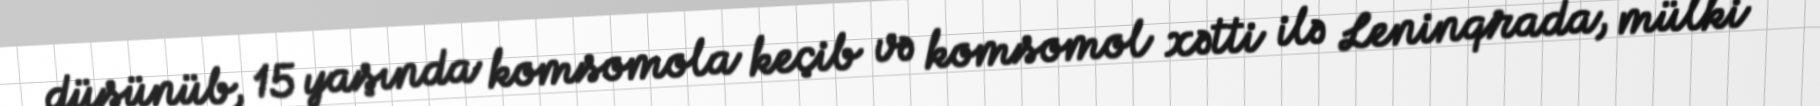
düşünüb, 15 yaşında komsomola keçib və komsomol xətti ilə Leninqrada, mülki